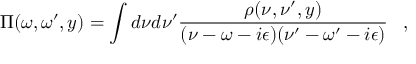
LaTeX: \Pi ( \omega , \omega ^ { \prime } , y ) = \int d \nu d \nu ^ { \prime } { \frac { \rho ( \nu , \nu ^ { \prime } , y ) } { ( \nu - \omega - i \epsilon ) ( \nu ^ { \prime } - \omega ^ { \prime } - i \epsilon ) } } \; \; \; ,